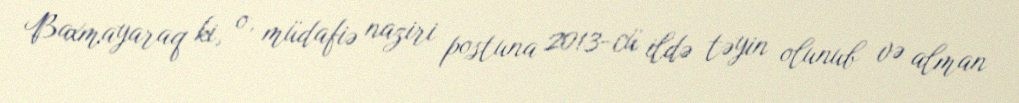
Baxmayaraq ki, o, müdafiə naziri postuna 2013-cü ildə təyin olunub və alman